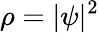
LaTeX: \rho=|\psi|^{2}